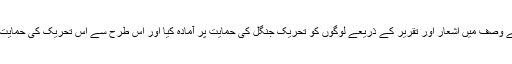
روح اللہ بہادروں اور جنگجووں کی طرف اس قدر مائل تهے کہ جنگل تحریک میں میرزا کوچک خان کے وصف میں اشعار اور تقریر کے ذریعے لوگوں کو تحریک جنگل کی حمایت پر آمادہ کیا اور اس طرح سے اس تحریک کی حمایت میں عوامی مدد کا انتظام کیا اور آخرکار خود بنفس نفیس اس تحریک میں شامل ہونے کا مصمم ارادہ کیا۔